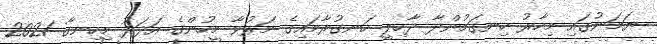
ޔަމަނުގައި މިހާރު ހިނގަމުންދާ ދާހިލީ ހަނގުރާމައިގެ މަރުވާ މީހުންގެ އަދަދު މިހިނގާ 2021